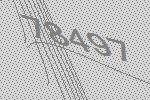
78497